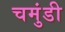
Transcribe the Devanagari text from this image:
चमुंडी